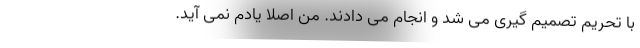
با تحریم تصمیم گیری می شد و انجام می دادند. من اصلا یادم نمی آید.